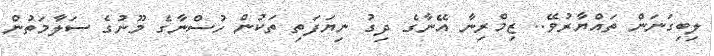
ލިބިގަނަން ތައްޔާރުވޭ.. ޒިމްރިނާ އޭނާގެ ދިގު ނިޔަފަތި ތަކުން ހުސްނާގެ މޫނުގެ ސަލާމަތުން